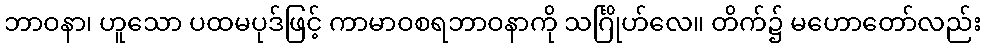
ဘာဝနာ၊ ဟူသော ပထမပုဒ်ဖြင့် ကာမာဝစရဘာဝနာကို သင်္ဂြိုဟ်လေ။ တိက်၌ မဟောတော်လည်း